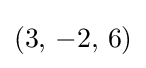
(3,\,-2,\,6)